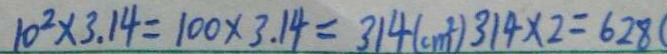
1 0 ^ { 2 } \times 3 . 1 4 = 1 0 0 \times 3 . 1 4 = 3 1 4 ( c m ^ { 2 } ) 3 1 4 \times 2 = 6 2 8 (